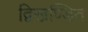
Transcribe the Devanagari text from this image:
द्विखण्डित